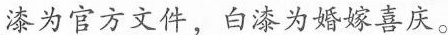
漆为官方文件，白漆为婚嫁喜庆。